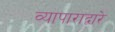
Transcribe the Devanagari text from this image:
व्यापाराद्वारे